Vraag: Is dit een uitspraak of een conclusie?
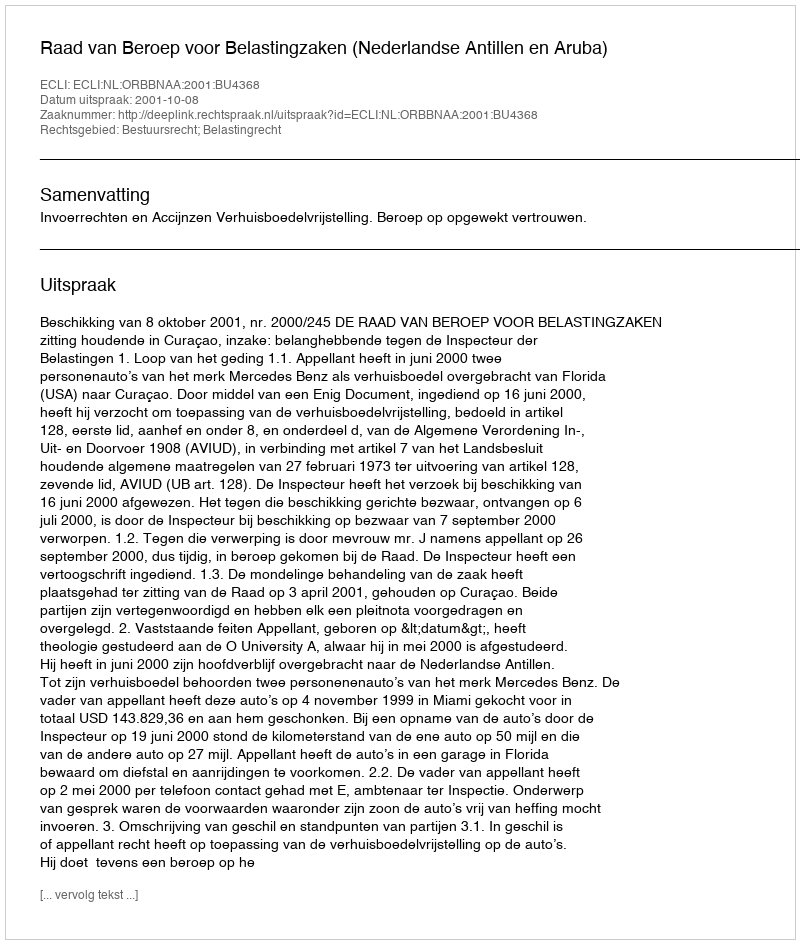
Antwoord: Uitspraak